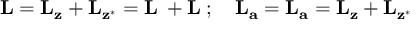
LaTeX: { \bf L } = { \bf L _ { z } } + { \bf L _ { z ^ { * } } } = { \bf L _ { \xi } } + { \bf L _ { \eta } } ; \quad { \bf L _ { a } } = { \bf L _ { a } } = { \bf L _ { z } } + { \bf L _ { z ^ { * } } }